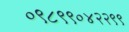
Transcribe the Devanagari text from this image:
०९८९९०४२२९९